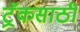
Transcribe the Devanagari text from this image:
ट्रॅकसाठी